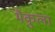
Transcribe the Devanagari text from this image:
मैकुला